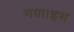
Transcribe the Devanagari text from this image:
गया।इस